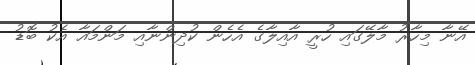
އޭނާ މިހާރު މާލޭގައި ހުރީ އާއިލާގެ އެހެން ކުދިންނާއި މަންމައާ އެކު ބޮޑު